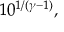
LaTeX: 1 0 ^ { 1 / ( \gamma - 1 ) } ,